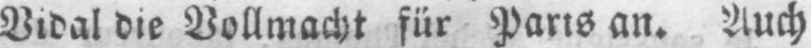
Vidal die Vollmacht für Paris an. Auch